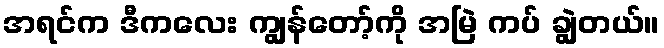
အရင်က ဒီကလေး ကျွန်တော့်ကို အမြဲ ကပ် ချွဲတယ်။